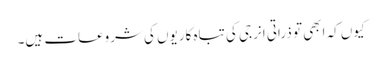
کیوں کہ ابھی تو ذراتی انرجی کی تباہ کاریوں کی شروعات ہیں۔